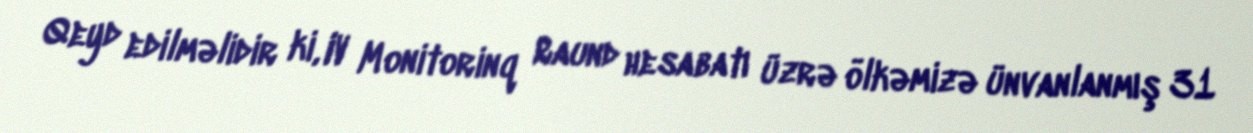
Qeyd edilməlidir ki, IV Monitorinq Raund hesabatı üzrə ölkəmizə ünvanlanmış 31